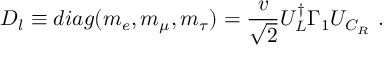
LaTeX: D _ { l } \equiv d i a g ( m _ { e } , m _ { \mu } , m _ { \tau } ) = \frac { v } { \sqrt { 2 } } U _ { L } ^ { \dagger } \Gamma _ { 1 } U _ { C _ { R } } \ .